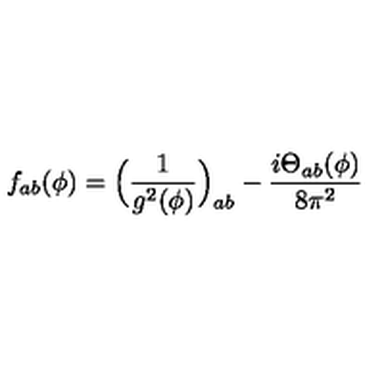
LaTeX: f _ { a b } ( \phi ) = \Big ( \frac { 1 } { g ^ { 2 } ( \phi ) } \Big ) _ { a b } - \frac { i \mathrm { \Theta } _ { a b } ( \phi ) } { 8 \pi ^ { 2 } }